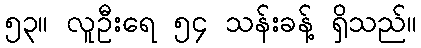
၅၃။ လူဦးရေ ၅၄ သန်းခန့် ရှိသည်။